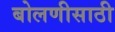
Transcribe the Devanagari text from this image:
बोलणीसाठी